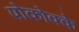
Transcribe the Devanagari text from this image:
पोकोक्के